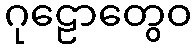
ဂုဠောတွေဝ